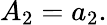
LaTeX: A_{2}=a_{2}.